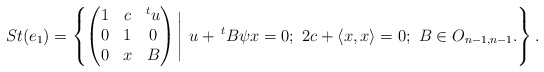
\begin{align*}St(e_{1}) = \left\{\begin{pmatrix}1 & c & ^{t}u \\0 & 1 & 0 \\0 & x & B\end{pmatrix}\Bigg| \,\, u + \, ^{t}B\psi x = 0 ; \,\,2c + \langle x, x \rangle = 0 ; \,\,B \in O_{n-1, n-1}.\right\}.\end{align*}